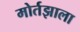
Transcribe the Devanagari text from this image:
मोर्तझाला